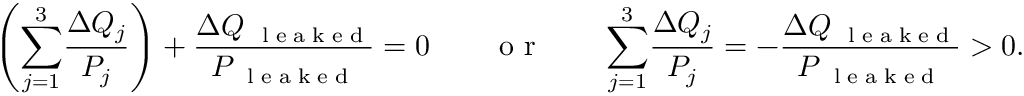
\left( { \sum _ { j = 1 } ^ { 3 } } \frac { \Delta Q _ { j } } { P _ { j } } \right) + \frac { \Delta Q _ { \mathrm { ~ \tiny ~ l ~ e ~ a ~ k ~ e ~ d ~ } } } { P _ { \mathrm { ~ \tiny ~ l ~ e ~ a ~ k ~ e ~ d ~ } } } = 0 \qquad \mathrm { ~ o ~ r ~ } \qquad { \sum _ { j = 1 } ^ { 3 } } \frac { \Delta Q _ { j } } { P _ { j } } = - \frac { \Delta Q _ { \mathrm { ~ \tiny ~ l ~ e ~ a ~ k ~ e ~ d ~ } } } { P _ { \mathrm { ~ \tiny ~ l ~ e ~ a ~ k ~ e ~ d ~ } } } > 0 .